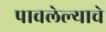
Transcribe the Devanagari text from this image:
पावलेल्याचे